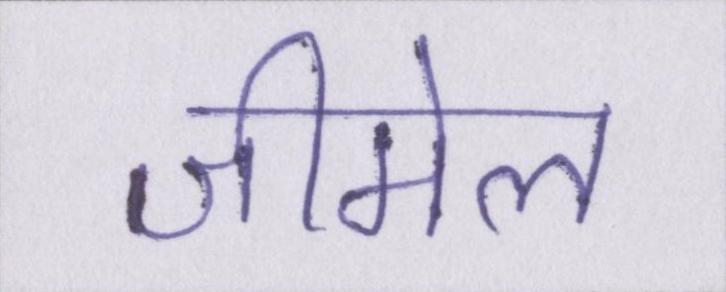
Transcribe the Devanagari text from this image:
जीमेल